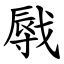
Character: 㦺